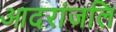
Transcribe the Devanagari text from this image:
आदरांजलि